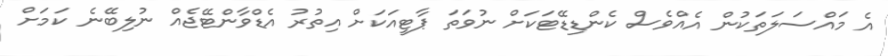
އެ މައްސަލަތަކުން އެއްވެސް ކެންޑިޑޭޓަކަށް ނުވަތަ ޕާޓީއަކަށް އިތުރު އެޑްވާންޓޭޖެއް ނުލިބޭނެ ކަމަށް